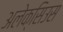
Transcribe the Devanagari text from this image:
अलेक्सिउस